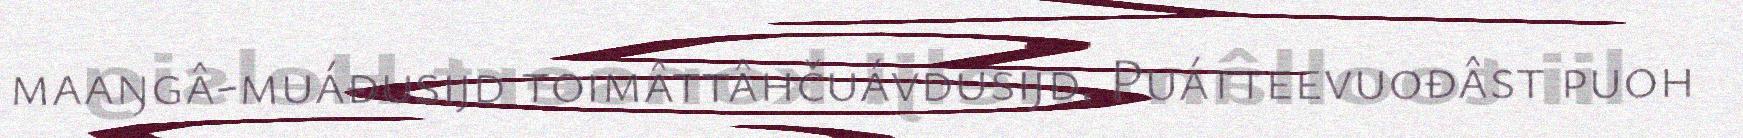
maaŋgâ-muáđusijd toimâttâhčuávdusijd. Puátteevuođâst puoh